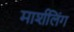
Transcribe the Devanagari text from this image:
मार्शलिंग